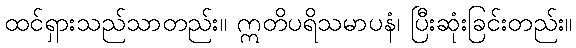
ထင်ရှားသည်သာတည်း။ ဣတိပရိသမာပနံ၊ ပြီးဆုံးခြင်းတည်း။